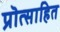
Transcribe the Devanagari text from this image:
प्रॊत्साहित